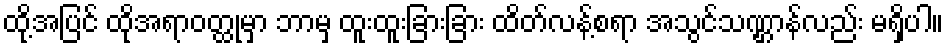
ထို့အပြင် ထိုအရာဝတ္ထုမှာ ဘာမှ ထူးထူးခြားခြား ထိတ်လန့်စရာ အသွင်သဏ္ဌာန်လည်း မရှိပါ။